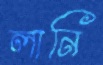
লানি